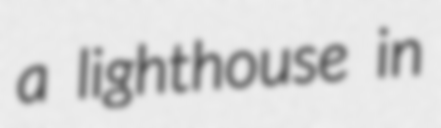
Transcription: a lighthouse in